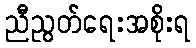
ညီညွတ်ရေးအစိုးရ